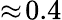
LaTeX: \approx\! 0.4